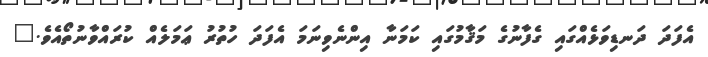
އެފަދަ ދަނޑިވަޅެއްގައި ގެފާނުގެ މަޤާމުގައި ކަމަނާ އިންނެވިނަމަ އެފަދަ ހުތުރު ޢަމަލެއް ކުރައްވާނުތޯއެވެ."